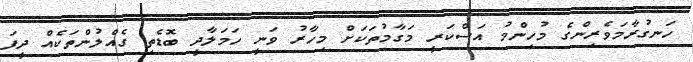
ހަނގުރާމަވެރިންގެ މުހިންމު އަސްކަރީ މަގާމުތަކަށް މިހާރު ވަނީ ހަމަލާދީ ބޮޑެތި ގެއްލުންތަކެއް ދީފަ